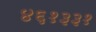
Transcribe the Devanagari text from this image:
४६१३३१